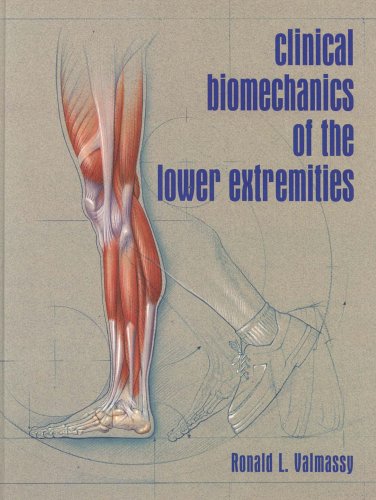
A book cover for Clinical Biomechanics of the Lower Extremities, 1e; Ronald L. Valmassy DPM  MS; Medical Books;